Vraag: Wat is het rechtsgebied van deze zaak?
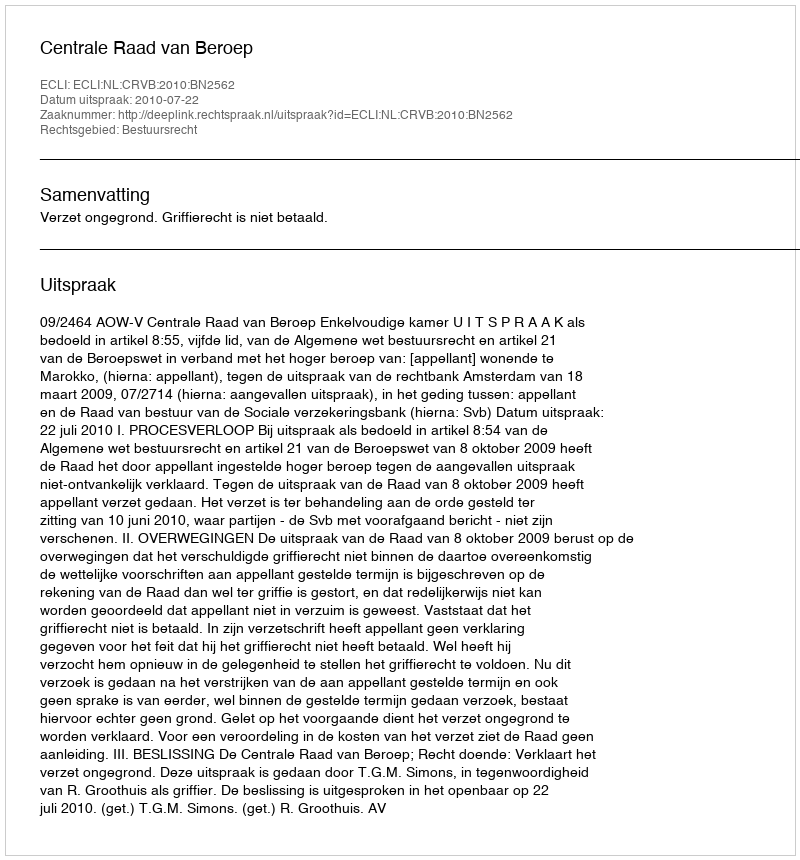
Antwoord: Bestuursrecht